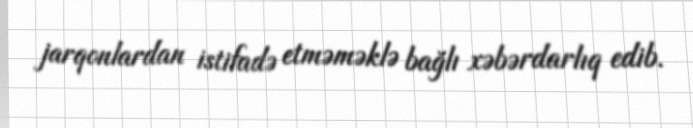
jarqonlardan istifadə etməməklə bağlı xəbərdarlıq edib.